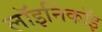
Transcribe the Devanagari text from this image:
लॉइनिंकॉइ